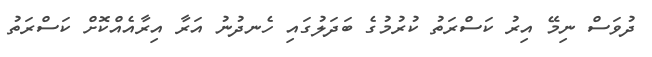
ދުވަސް ނިމޭ އިރު ކަސްރަތު ކުރުމުގެ ބަދަލުގައި ހެނދުނު އަރާ އިރާއެއްކޮށް ކަސްރަތު